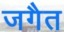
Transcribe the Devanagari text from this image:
जगैत